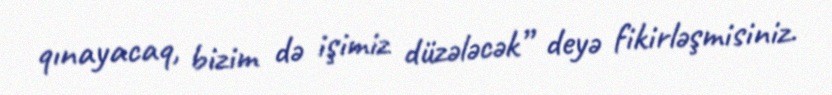
qınayacaq, bizim də işimiz düzələcək” deyə fikirləşmisiniz.